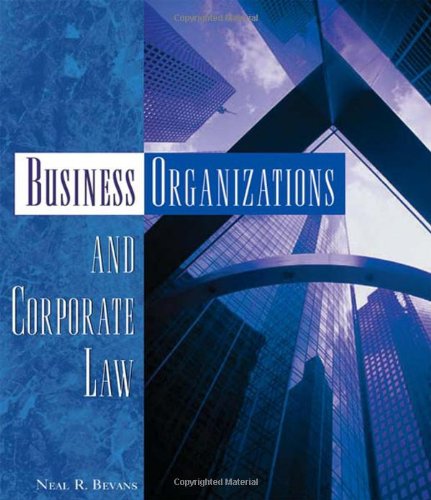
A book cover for Business Organizations and Corporate Law; Neal R. Bevans; Law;